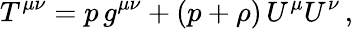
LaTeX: T^{\mu\nu}=p\, g^{\mu\nu}+(p+\rho)\, U^{\mu}U^{\nu}\, ,